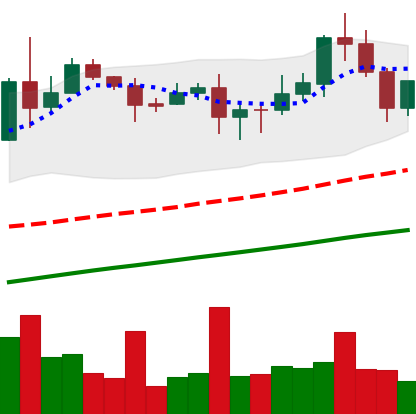
Ticker: XLM-USD
Chart end date: 2020-08-20
Forward return: -8.456%
Label: down_7plus